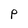
Character: P